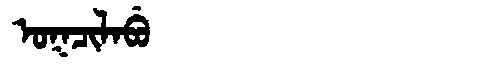
Manchu: ᠣᡴᠴᡳᠯᠠᠪᡠ
Romanization: OKCILABU